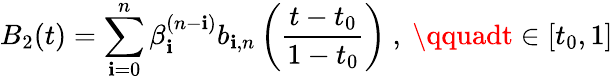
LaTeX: B_{2}(t)=\sum_{\mathbf{i}=0}^{n}\beta_{\mathbf{i}}^{(n-\mathbf{i})}b_{\mathbf{i},n}\left({\frac{{t-t_{0}}}{{1-t_{0}}}}\right){\mathrm{{~,~}}}\qquadt\in[t_{0},1]